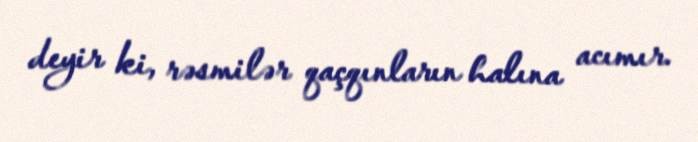
deyir ki, rəsmilər qaçqınların halına acımır.